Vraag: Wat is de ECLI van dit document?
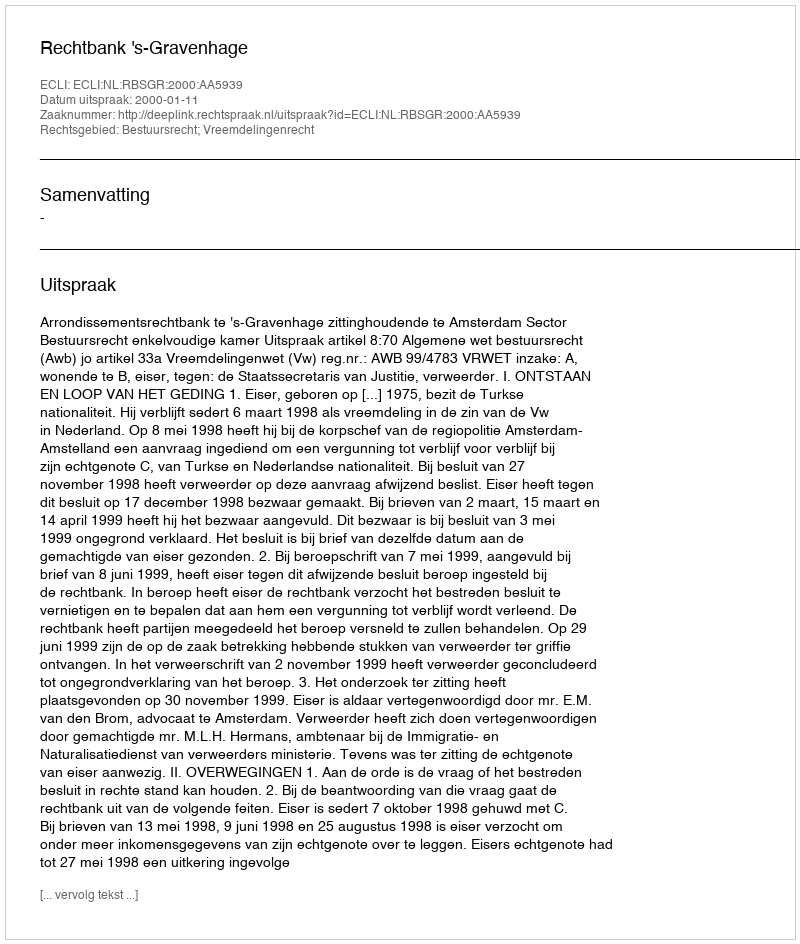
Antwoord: ECLI:NL:RBSGR:2000:AA5939